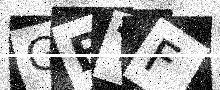
Text: GBTF